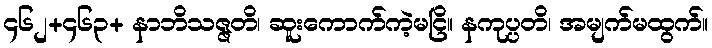
၄၆၂+၄၆၃+ နာဘိသဇ္ဇတိ၊ ဆူးကောက်ကဲ့မငြိ။ နကုပ္ပတိ၊ အမျက်မထွက်။